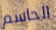
الحاسم